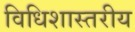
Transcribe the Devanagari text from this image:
विधिशास्तरीय